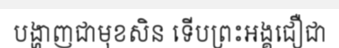
បង្ហាញជាមុខសិន ទើបព្រះអង្គជឿជា